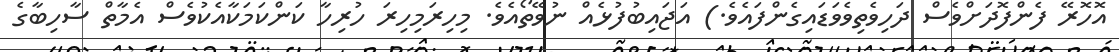
އޮހޮރޭ ފެންފޮދަށްވެސް ދަހިވެތިވެވަޑައިގެންފައެވެ.) އަޖައިބުފުޅެއް ނުވޭތޯއެވެ. މިހިރަމިހިރަ ހުރިހާ ކަންކަމަކާއެކުވެސް އެމާތް ސާހިބާގެ